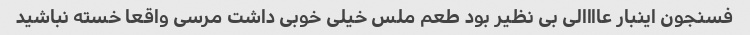
فسنجون اینبار عاااالی بی نظیر بود طعم ملس خیلی خوبی داشت مرسی واقعا خسته نباشید